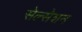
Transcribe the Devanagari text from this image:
सेल्सेशन